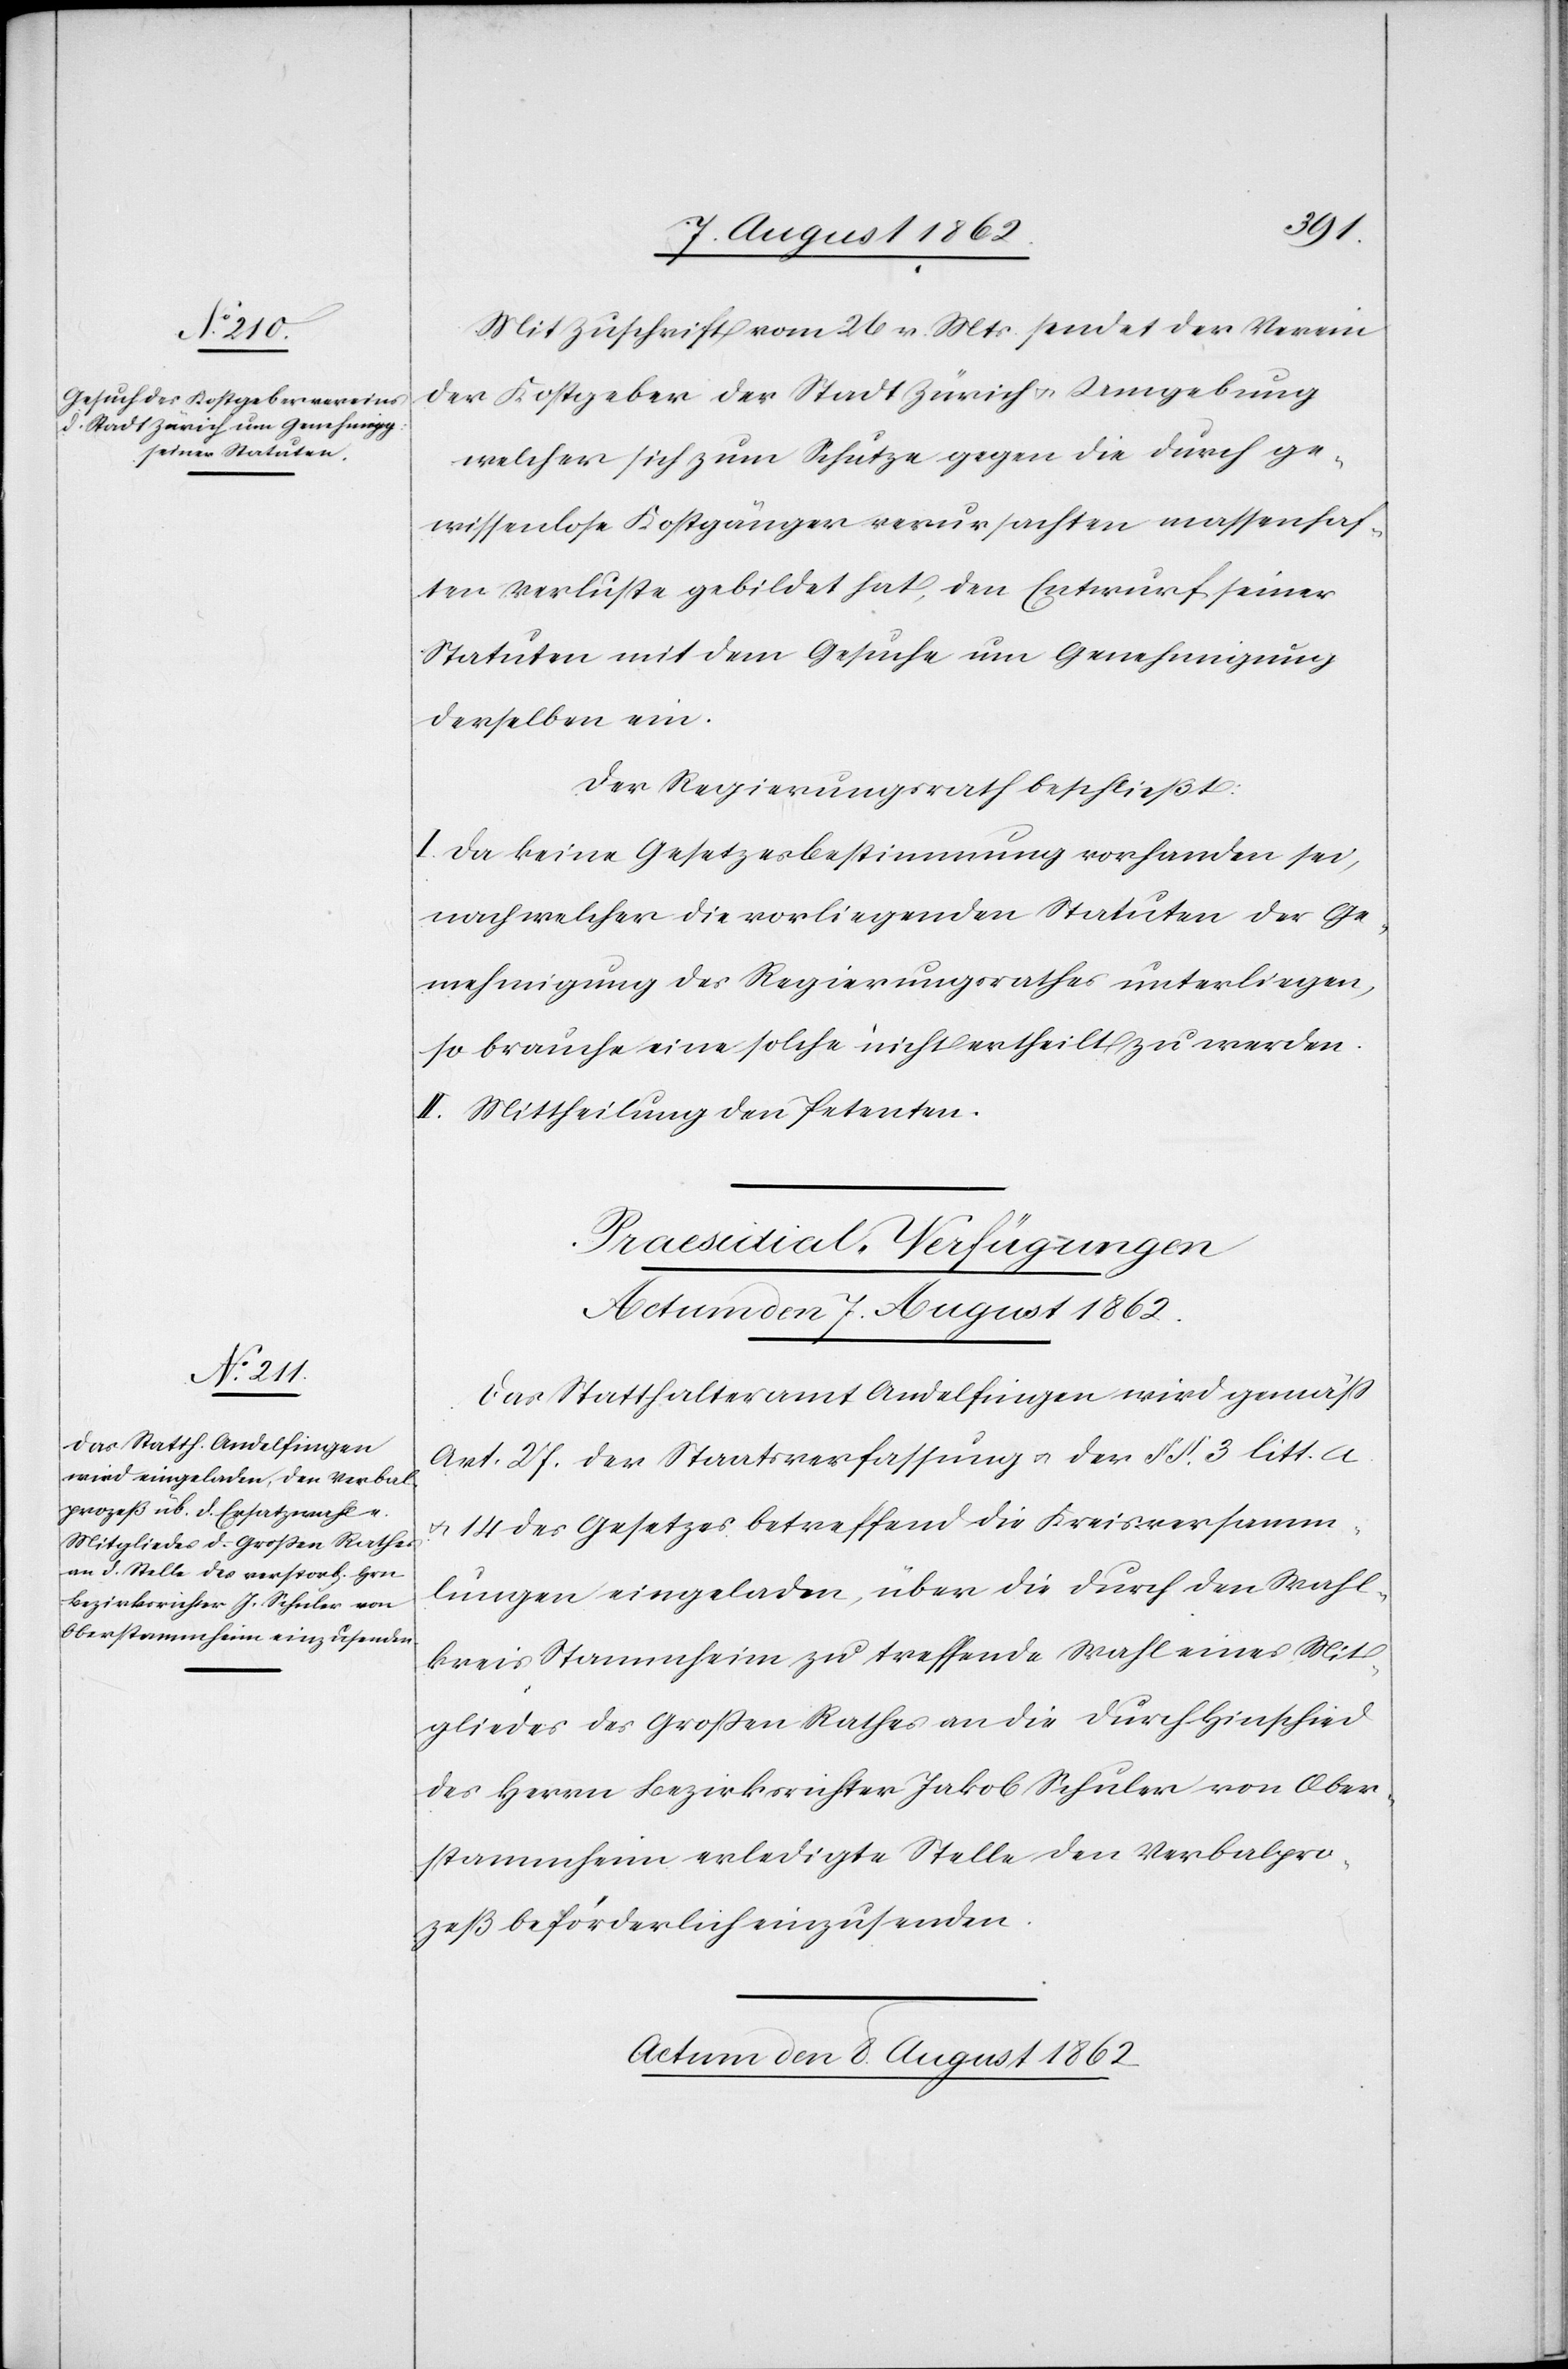
Mit Zuschrift vom 26. v. Mts. sendet der Verein
der Kostgeber der Stadt Zürich u., Umgebung
welcher sich zum Schutze gegen die durch ge¬
wissenlose Kostgänger verursachten massenhaf¬
ten Verluste gebildet hat, den Entwurf seiner
Statuten mit dem Gesuche um Genehmigung
derselben ein.
Der Regierungsrath beschließt:
I. Da keine Gesetzesbestimmung vorhanden sei,
nach welcher die vorliegenden Statuten der Ge¬
nehmigung des Regierungsrathes unterliegen,
so brauche eine solche nicht ertheilt zu werden.
II. Mittheilung den Petenten.
[Präsidial-Verfügungen]
Das Statthalteramt Andelfingen wird gemäß
Art. 27 der Staatsverfassung u. der §§. 3 litt. a.
u. 14 des Gesetzes betreffend die Kreisversamm¬
lungen eingeladen, über die durch den Wahl¬
kreis Stammheim zu treffende Wahl eines Mit¬
gliedes des Großen Rathes an die durch Hinschied
des Herrn Bezirksrichter Jakob Schuler von Ober¬
stammheim erledigte Stelle den Verbalpro¬
zeß beförderlich einzusenden.
Actum den 8. August 1862.